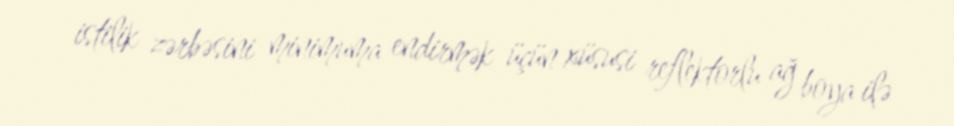
istilik zərbəsini minimuma endirmək üçün xüsusi reflektorlu ağ boya ilə